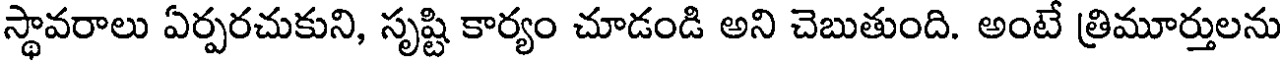
స్థావరాలు ఏర్పరచుకుని, సృష్టి కార్యం చూడండి అని చెబుతుంది. అంటే త్రిమూర్తులను